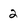
Character: 2